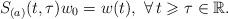
LaTeX: \begin{align*}S_{(a)}(t, \tau)w_0 = w(t), \ \forall\, t \geqslant \tau\in\mathbb{R}.\end{align*}